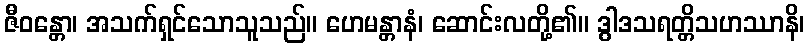
ဇီဝန္တော၊ အသက်ရှင်သောသူသည်။ ဟေမန္တာနံ၊ ဆောင်းလတို့၏။ ဒွါဒသရတ္တိသဟဿာနိ၊